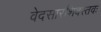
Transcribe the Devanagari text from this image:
वेदसारशिवस्तवः